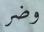
وضر